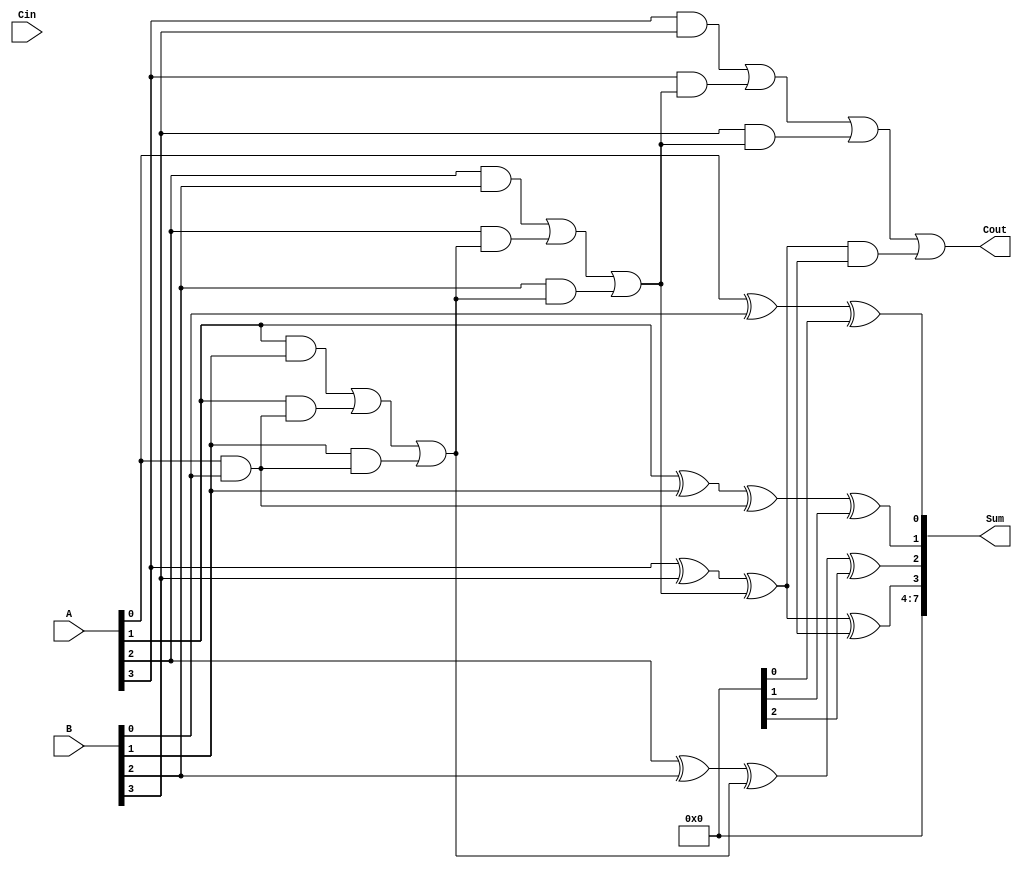
module carry_select_lookahead_adder (
  input [7:0] A,
  input [7:0] B,
  input Cin,
  output [7:0] Sum,
  output Cout
);
  wire [3:0] P, G, C;
  wire [7:0] Ci, Si, Co;
  
  assign P[0] = A[0] ^ B[0];
  assign G[0] = A[0] & B[0];
  
  assign P[1] = (A[1] ^ B[1]) ^ G[0];
  assign G[1] = (A[1] & B[1]) | (A[1] & G[0]) | (B[1] & G[0]);
  
  assign P[2] = (A[2] ^ B[2]) ^ G[1];
  assign G[2] = (A[2] & B[2]) | (A[2] & G[1]) | (B[2] & G[1]);
  
  assign P[3] = (A[3] ^ B[3]) ^ G[2];
  assign G[3] = (A[3] & B[3]) | (A[3] & G[2]) | (B[3] & G[2]);
  
  assign Ci = {Cin, C};
  
  assign Si[0] = P[0] ^ Ci[0];
  assign Co[0] = G[0] | (P[0] & Ci[0]);
  
  assign Si[1] = P[1] ^ Ci[1];
  assign Co[1] = G[1] | (P[1] & Ci[1]);
  
  assign Si[2] = P[2] ^ Ci[2];
  assign Co[2] = G[2] | (P[2] & Ci[2]);
  
  assign Si[3] = P[3] ^ Ci[3];
  assign Co[3] = G[3] | (P[3] & Ci[3]);
  
  assign Sum = {Si[3], Si[2], Si[1], Si[0]};
  assign Cout = Co[3];
  
endmodule